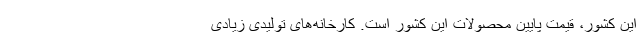
این کشور، قیمت پایین محصولات این کشور است. کارخانه‌های تولیدی زیادی